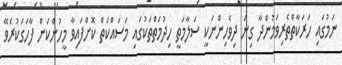
ނަމުގައި ހަރަކާތްތެރިވަމުންދާ ގިނަ ދިވެހިންނަކީ ސަލާމަތީ ހިދުމަތްތަކުގައި މަސައްކަތް ކޮށްފައިވާ މީހުންކަން ފާހަގަކުރެވޭ